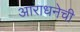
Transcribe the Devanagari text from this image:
आराधनेची